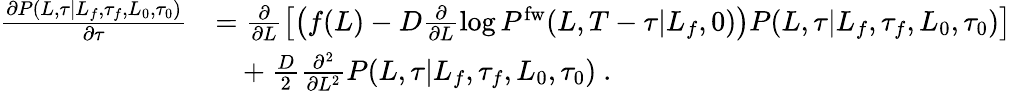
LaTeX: \begin{array}{rl}{\frac{\partial P(L,\tau|L_{f},\tau_{f},L_{0},\tau_{0})}{\partial\tau}}&{=\frac{\partial}{\partial L}\left[\left(f(L)-D\frac{\partial}{\partial L}\log P^{\mathrm{fw}}(L,T-\tau|L_{f},0)\right)P(L,\tau|L_{f},\tau_{f},L_{0},\tau_{0})\right]}\\ &{\ \ \ +\frac{D}{2}\frac{\partial^{2}}{\partial L^{2}}P(L,\tau|L_{f},\tau_{f},L_{0},\tau_{0})\ .}\end{array}